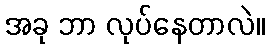
အခု ဘာ လုပ်နေတာလဲ။